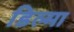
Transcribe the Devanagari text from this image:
डिल्मा